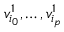
v _ { i _ { 0 } } ^ { 1 } , \ldots , v _ { i _ { p } } ^ { 1 }